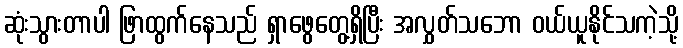
ဆုံးသွားတာပါ ဖြာထွက်နေသည် ရှာဖွေတွေ့ရှိပြီး အလွှတ်သဘော ဝယ်ယူနိုင်သကဲ့သို့